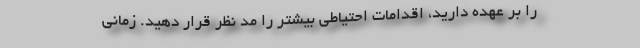
را بر عهده دارید، اقدامات احتیاطی بیشتر را مد نظر قرار دهید. زمانی